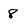
Character: 8